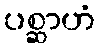
ပစ္ဆာဟံ